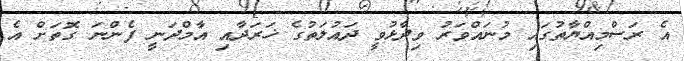
އެ ރަސްމިއްޔާތުގައި މުނައްވަރު ވިދާޅުވީ ދައުލަތުގެ ޚަރަދާއި އާމްދަނީ ފެންނަ ގޮތަށް އެ